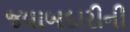
જવાબદારીની